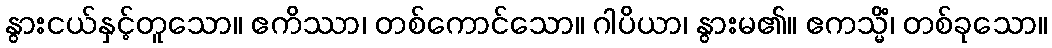
နွားငယ်နှင့်တူသော။ ဧကိဿာ၊ တစ်ကောင်သော။ ဂါပိယာ၊ နွားမ၏။ ဧကသ္မိံ၊ တစ်ခုသော။